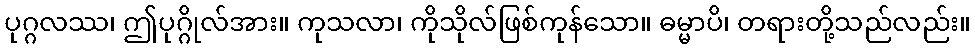
ပုဂ္ဂလဿ၊ ဤပုဂ္ဂိုလ်အား။ ကုသလာ၊ ကိုသိုလ်ဖြစ်ကုန်သော။ ဓမ္မာပိ၊ တရားတို့သည်လည်း။